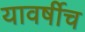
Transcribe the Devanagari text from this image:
यावर्षीच